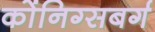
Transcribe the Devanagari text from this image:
कोंनिग्सबर्ग